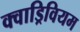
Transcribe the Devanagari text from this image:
क्वाड्रिवियम